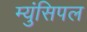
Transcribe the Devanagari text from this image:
म्युंसिपल